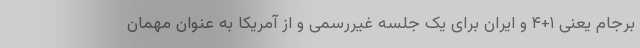
برجام یعنی ۱+۴ و ایران برای یک جلسه غیررسمی و از آمریکا به عنوان مهمان